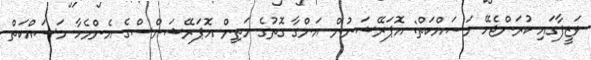
ވަޒީފާގައި ކުރަންޖެހޭ މަސައްކަތް: އޮޕަރޭޝަނުން އަންގާ ގޮތުގެ މަތިން އޮޕަރޭޝަންސްގެ އެންމެހާ މަސައްކަތް